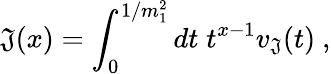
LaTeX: \mathfrak{J}(x)=\int_{0}^{1/m_{1}^{2}}dt\; t^{x-1}v_{\mathfrak{J}}(t)\ ,